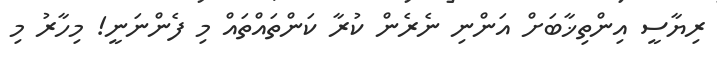
ރިޔާސީ އިންތިޚާބަށް އަންނި ނެރެން ކުރާ ކަންތައްތައް މި ފެންނަނީ! މިހާރު މި